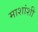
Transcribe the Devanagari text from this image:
माशांशी